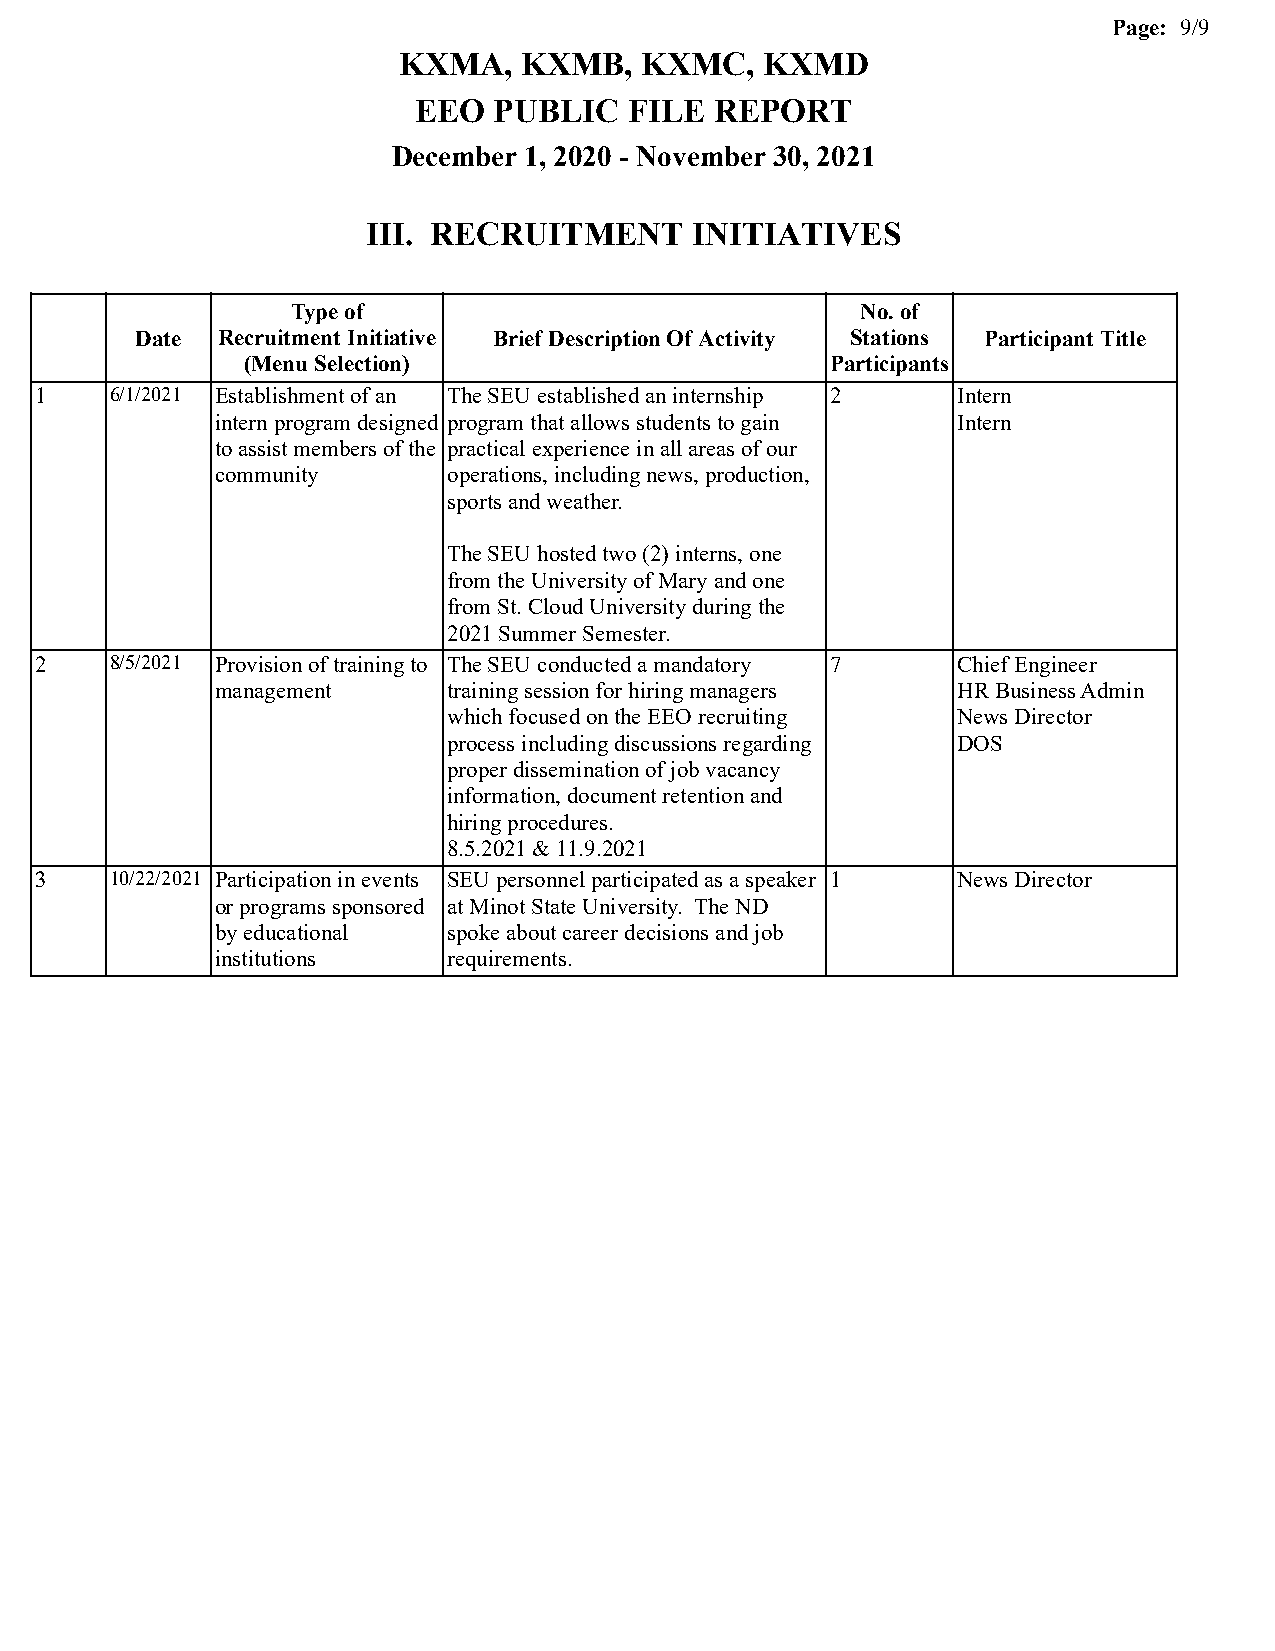
Page: 9/9
 KXMA,   KXMB,   KXMC,    KXMD
 EEO   PUBLIC   FILE REPORT
 December 1, 2020 - November 30, 2021
 III. RECRUITMENT      INITIATIVES
 Type of                               No. of
 Date Recruitment Initiative Brief Description Of Activity Stations Participant Title
 (Menu Selection)                       Participants
 1    6/1/2021 Establishment of an The SEU established an internship 2 Intern
 intern program designed program that allows students to gain Intern
 to assist members of the practical experience in all areas of our
 community       operations, including news, production,
 sports and weather.
 The SEU hosted two (2) interns, one
 from the University of Mary and one
 from St. Cloud University during the
 2021 Summer Semester.
 2    8/5/2021 Provision of training to The SEU conducted a mandatory 7 Chief Engineer
 management      training session for hiring managers HR Business Admin
 which focused on the EEO recruiting News Director
 process including discussions regarding DOS
 proper dissemination of job vacancy
 information, document retention and
 hiring procedures.
 8.5.2021 & 11.9.2021
 3    10/22/2021 Participation in events SEU personnel participated as a speaker 1 News Director
 or programs sponsored at Minot State University. The ND
 by educational  spoke about career decisions and job
 institutions    requirements.